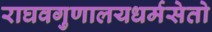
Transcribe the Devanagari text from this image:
राघवगुणालयधर्मसेतो